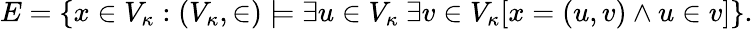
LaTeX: E=\{ x\in V_{\kappa}:(V_{\kappa},\in)\models\exists u\in V_{\kappa}\ \exists v\in V_{\kappa}[x=(u,v)\land u\in v]\} .